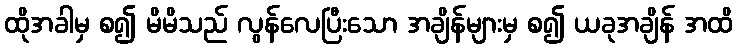
ထိုအခါမှ စ၍ မိမိသည် လွန်လေပြီးသော အချိန်များမှ စ၍ ယခုအချိန် အထိ